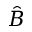
\hat { B }